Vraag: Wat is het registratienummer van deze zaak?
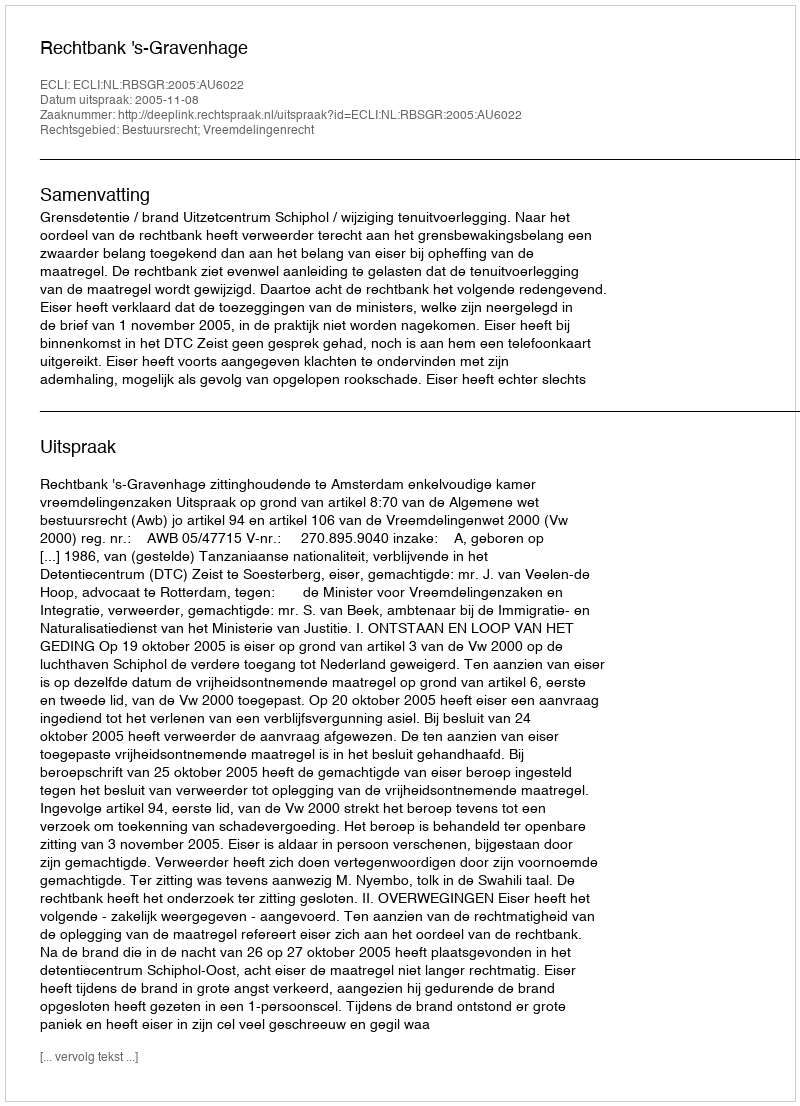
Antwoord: http://deeplink.rechtspraak.nl/uitspraak?id=ECLI:NL:RBSGR:2005:AU6022